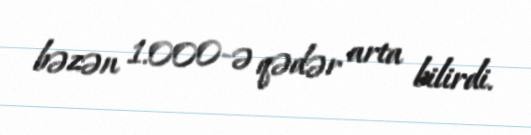
bəzən 1.000-ə qədər arta bilirdi.